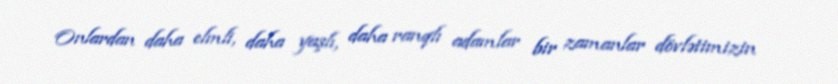
Onlardan daha elmli, daha yaşlı, daha ranqlı adamlar bir zamanlar dövlətimizin